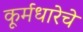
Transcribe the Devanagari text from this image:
कूर्मधारेचे